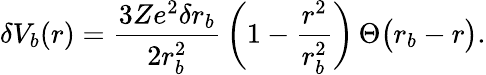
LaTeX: \delta V_{b}(r)=\frac{3Ze^{2}\delta r_{b}}{2r_{b}^{2}}\, \bigg(1-\frac{r^{2}}{r_{b}^{2}}\bigg)\, \Theta\big(r_{b}-r\big).